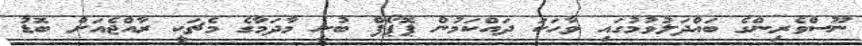
ނޫސްވެރިންގެ ބައްދަލުވުމުގައި ވާހަކަ ދައްކަމުން ޕޮޕޯފް ބުނީ މާދަމާގެ މެޗަކީ ރާއްޖެއަށް ބޮޑު